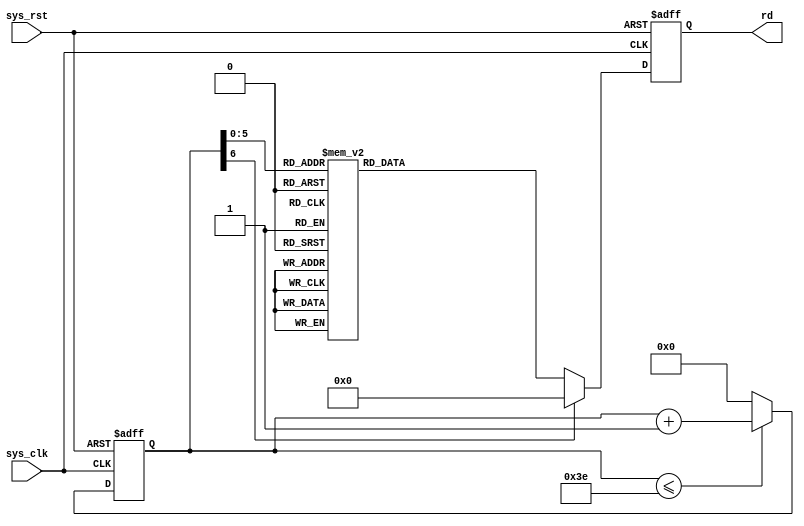
module signal_gen_high(
	input            sys_clk,     // clock
	input            sys_rst,     //reset button
	
	output  [7:0]    rd           //data output
); 

//reg define
reg    [6:0]   count;      //counter signal, plus one for every clk period  
reg    [7:0]   rd_reg;

//***************************************************************************
//                            main code
//***************************************************************************
//the output is defined as a wire output, need to use reg parameter in always block
assign    rd = rd_reg;

//memory part, the output data for each counter state
always @ (posedge sys_clk or negedge sys_rst) begin
	if(!sys_rst) begin
		rd_reg <= 8'b00000000;
	end
	else begin
		case(count)
			7 'd 0     :rd_reg <= #1 8 'b 00000000; //      0 0x0 

			7 'd 1     :rd_reg <= #1 8 'b 00001100; //     12 0xC 

			7 'd 2     :rd_reg <= #1 8 'b 00011000; //     24 0x18 

			7 'd 3     :rd_reg <= #1 8 'b 00100100; //     36 0x24 

			7 'd 4     :rd_reg <= #1 8 'b 00110000; //     48 0x30 

			7 'd 5     :rd_reg <= #1 8 'b 00111011; //     59 0x3B 

			7 'd 6     :rd_reg <= #1 8 'b 01000110; //     70 0x46 

			7 'd 7    :rd_reg <= #1 8 'b 01010000; //     80 0x50 

			7 'd 8    :rd_reg <= #1 8 'b 01011001; //     89 0x59 

			7 'd 9    :rd_reg <= #1 8 'b 01100010; //     98 0x62 

			7 'd 10    :rd_reg <= #1 8 'b 01101001; //    105 0x69 

			7 'd 11    :rd_reg <= #1 8 'b 01110000; //    112 0x70 

			7 'd 12    :rd_reg <= #1 8 'b 01110101; //    117 0x75 

			7 'd 13    :rd_reg <= #1 8 'b 01111001; //    121 0x79 

			7 'd 14    :rd_reg <= #1 8 'b 01111100; //    124 0x7C 

			7 'd 15    :rd_reg <= #1 8 'b 01111110; //    126 0x7E 

			7 'd 16    :rd_reg <= #1 8 'b 01111111; //    127 0x7F 

			7 'd 17    :rd_reg <= #1 8 'b 01111110; //    126 0x7E 

			7 'd 18    :rd_reg <= #1 8 'b 01111100; //    124 0x7C 

			7 'd 19    :rd_reg <= #1 8 'b 01111001; //    121 0x79 

			7 'd 20    :rd_reg <= #1 8 'b 01110101; //    117 0x75 

			7 'd 21    :rd_reg <= #1 8 'b 01110000; //    112 0x70 

			7 'd 22    :rd_reg <= #1 8 'b 01101001; //    105 0x69 

			7 'd 23    :rd_reg <= #1 8 'b 01100010; //     98 0x62 

			7 'd 24    :rd_reg <= #1 8 'b 01011001; //     89 0x59 

			7 'd 25    :rd_reg <= #1 8 'b 01010000; //     80 0x50 

			7 'd 26    :rd_reg <= #1 8 'b 01000110; //     70 0x46 

			7 'd 27    :rd_reg <= #1 8 'b 00111011; //     59 0x3B 

			7 'd 28    :rd_reg <= #1 8 'b 00110000; //     48 0x30 

			7 'd 29    :rd_reg <= #1 8 'b 00100100; //     36 0x24 

			7 'd 30    :rd_reg <= #1 8 'b 00011000; //     24 0x18 

			7 'd 31    :rd_reg <= #1 8 'b 00001100; //     12 0xC 

			7 'd 32    :rd_reg <= #1 8 'b 00000000; //      0 0x0 

			7 'd 33    :rd_reg <= #1 8 'b 11110100; //    -12 0xF4 

			7 'd 34    :rd_reg <= #1 8 'b 11101000; //    -24 0xE8 

			7 'd 35    :rd_reg <= #1 8 'b 11011100; //    -36 0xDC 

			7 'd 36    :rd_reg <= #1 8 'b 11010000; //    -48 0xD0 

			7 'd 37    :rd_reg <= #1 8 'b 11000101; //    -59 0xC5 

			7 'd 38    :rd_reg <= #1 8 'b 10111010; //    -70 0xBA 

			7 'd 39    :rd_reg <= #1 8 'b 10110000; //    -80 0xB0 

			7 'd 40    :rd_reg <= #1 8 'b 10100111; //    -89 0xA7 

			7 'd 41    :rd_reg <= #1 8 'b 10011110; //    -98 0x9E 

			7 'd 42    :rd_reg <= #1 8 'b 10010111; //   -105 0x97 

			7 'd 43    :rd_reg <= #1 8 'b 10010000; //   -112 0x90 

			7 'd 44    :rd_reg <= #1 8 'b 10001011; //   -117 0x8B 

			7 'd 45    :rd_reg <= #1 8 'b 10000111; //   -121 0x87 

			7 'd 46    :rd_reg <= #1 8 'b 10000100; //   -124 0x84 

			7 'd 47    :rd_reg <= #1 8 'b 10000010; //   -126 0x82 

			7 'd 48    :rd_reg <= #1 8 'b 10000001; //   -127 0x81 

			7 'd 49    :rd_reg <= #1 8 'b 10000010; //   -126 0x82 

			7 'd 50   :rd_reg <= #1 8 'b 10000100; //   -124 0x84 

			7 'd 51   :rd_reg <= #1 8 'b 10000111; //   -121 0x87 

			7 'd 52   :rd_reg <= #1 8 'b 10001011; //   -117 0x8B 

			7 'd 53   :rd_reg <= #1 8 'b 10010000; //   -112 0x90 

			7 'd 54   :rd_reg <= #1 8 'b 10010111; //   -105 0x97 

			7 'd 55   :rd_reg <= #1 8 'b 10011110; //    -98 0x9E 

			7 'd 56   :rd_reg <= #1 8 'b 10100111; //    -89 0xA7 

			7 'd 57   :rd_reg <= #1 8 'b 10110000; //    -80 0xB0 

			7 'd 58   :rd_reg <= #1 8 'b 10111010; //    -70 0xBA 

			7 'd 59   :rd_reg <= #1 8 'b 11000101; //    -59 0xC5 

			7 'd 60   :rd_reg <= #1 8 'b 11010000; //    -48 0xD0 

			7 'd 61   :rd_reg <= #1 8 'b 11011100; //    -36 0xDC 

			7 'd 62   :rd_reg <= #1 8 'b 11101000; //    -24 0xE8  

			7 'd 63   :rd_reg <= #1 8 'b 11110100; //    -12 0xF4

	  default : rd_reg <= #1 0;
	  endcase
	end
end

//the count signal will +<=1 for every clk period
always @(posedge sys_clk or negedge sys_rst) begin
	if(!sys_rst) begin
		count <= 7'd0;
	end
	else if(count <= 7'd62) begin
		count <= count + 7'd1;
	end
	else begin
		count <= 7'd0;
	end
end
endmodule